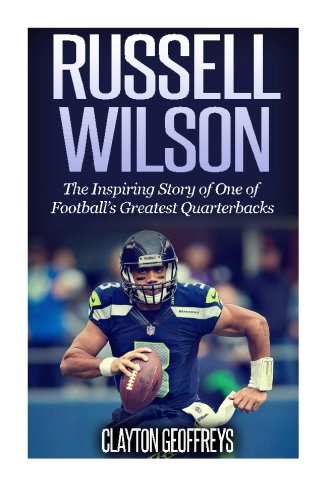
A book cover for Russell Wilson: The Inspiring Story of One of Football's Greatest Quarterbacks (Football Biography Books); Clayton Geoffreys; Biographies & Memoirs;